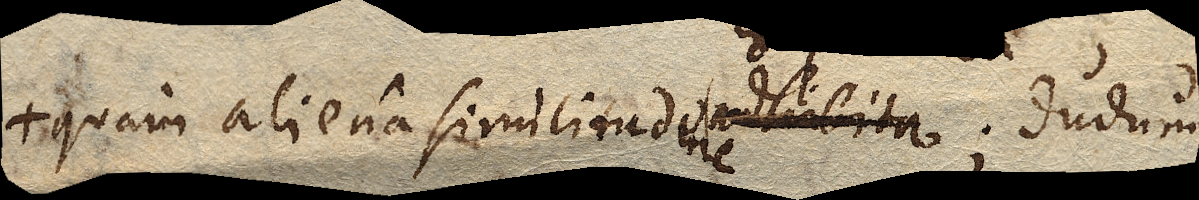
quam aliena similitudine. dudum